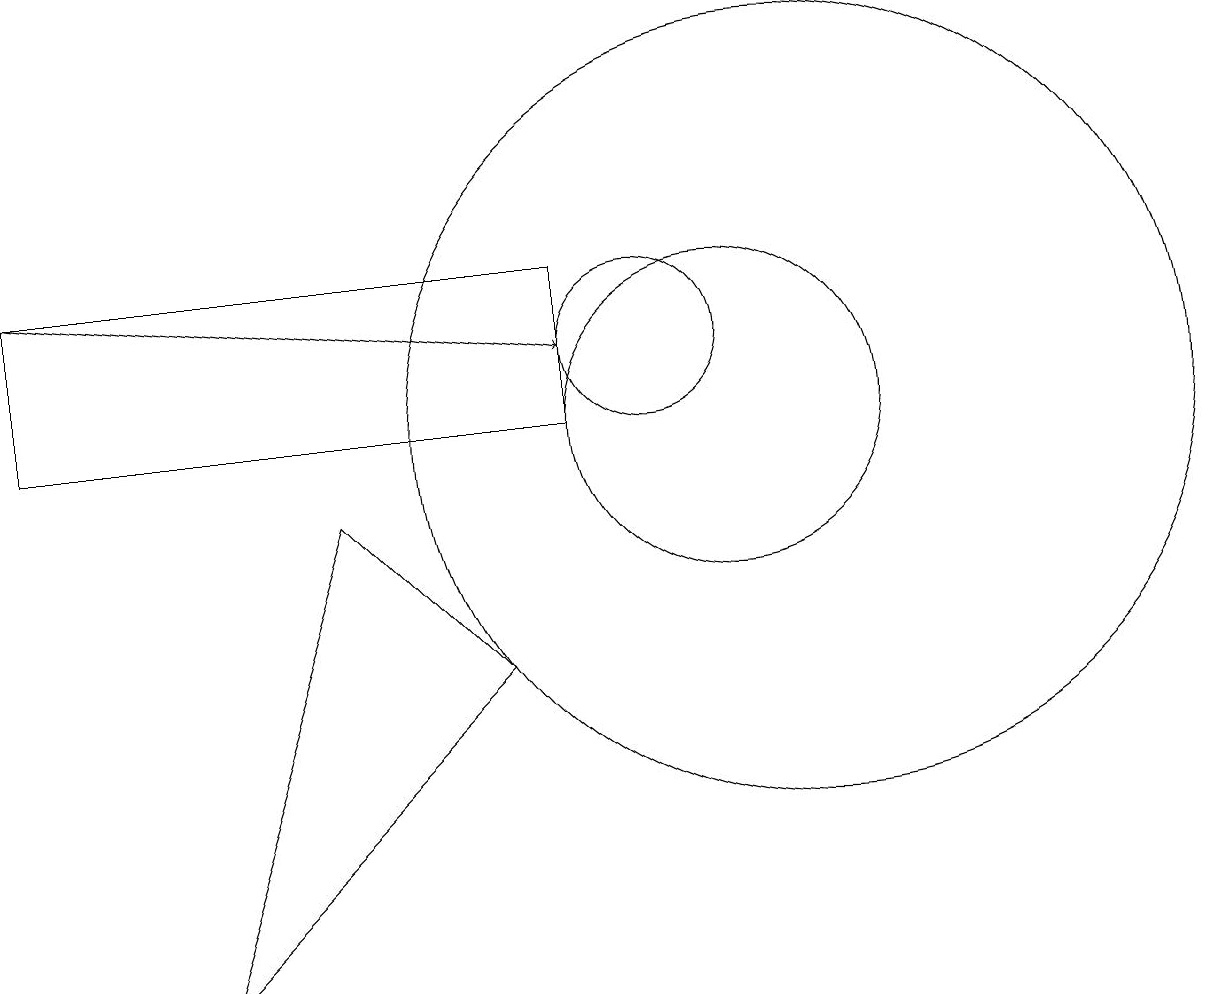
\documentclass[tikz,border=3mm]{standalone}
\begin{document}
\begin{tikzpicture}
\draw[->] (2,12) -- (9,11);
\draw (12,10) circle (5);
\draw (11,10) circle (2);
\draw (2,12) rectangle (9,10);
\draw (10,11) circle (1);
\draw (4,3) -- (6,9) -- (8,7) -- cycle;
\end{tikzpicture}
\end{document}